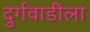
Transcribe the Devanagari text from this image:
दुर्गवाडीला